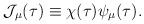
LaTeX: \begin{align*}{\cal J}_\mu(\tau)\equiv \chi(\tau)\psi_\mu(\tau).\end{align*}